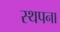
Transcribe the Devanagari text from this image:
स्‍थपना